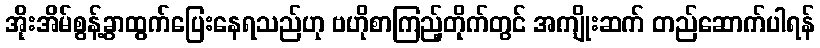
အိုးအိမ်စွန့်ခွာထွက်ပြေးနေရသည်ဟု ဗဟိုစာကြည့်တိုက်တွင် အကျိုးဆက် တည်ဆောက်ပါရန်